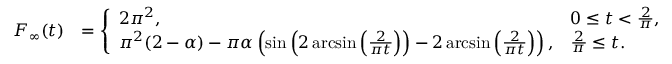
\begin{array} { r l } { F _ { \infty } ( t ) } & { = \left\{ \begin{array} { l l } { 2 \pi ^ { 2 } , } & { 0 \leq t < \frac { 2 } { \pi } , } \\ { \pi ^ { 2 } ( 2 - \alpha ) - \pi \alpha \left( \sin \left( 2 \arcsin \left( \frac { 2 } { \pi t } \right) \right) - 2 \arcsin \left( \frac { 2 } { \pi t } \right) \right) , } & { \frac { 2 } { \pi } \leq t . } \end{array} \right. } \end{array}